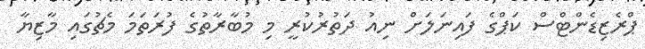
ޕްރެޒިޑެންޓްސް ކަޕްގެ ފައިނަލަށް ނިއު ދަތުރުކުރީ މި މުބާރާތުގެ ފުރަތަމަ މެޗުގައި މާޒިޔާ